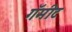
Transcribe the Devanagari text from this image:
गॅमीट